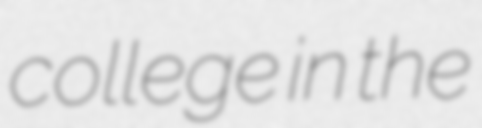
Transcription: college in the